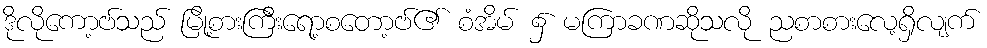
ဒိုလိုကော့ဗ်သည် မြို့စားကြီးရော့စတော့ဗ်၏ စံအိမ် ၌ မကြာခဏဆိုသလို ညစာစားလေ့ရှိလျက်